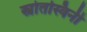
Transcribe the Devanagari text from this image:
स्त्रोतस्विनी